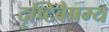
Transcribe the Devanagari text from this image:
दृष्टिबैषम्य